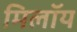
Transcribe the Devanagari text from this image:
मिलॉय